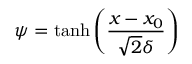
\psi = \operatorname { t a n h } \left( \frac { x - x _ { 0 } } { \sqrt { 2 } \delta } \right)